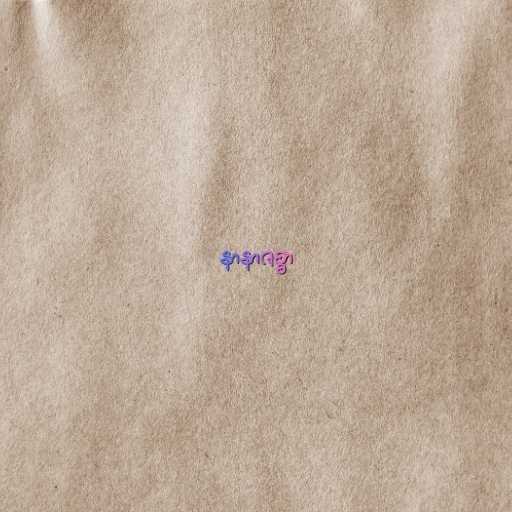
နာနာဇစ္စာ